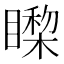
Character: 𰦃